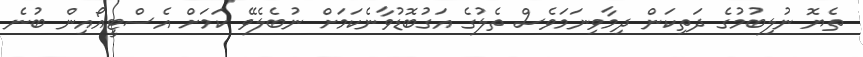
ތެޔޮ ނުލިބުމުގެ ދަތިކަން ދިމާވިނަމަވެސް ތެލުގެ އަގުބޮޑުވާނެކަމަށް ނުބެލެވޭ ކަމަށް އެސްޓީއޯއިން ބުނެ